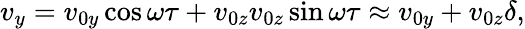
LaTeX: v_{y}=v_{0y}\cos{\omega\tau}+v_{0z}v_{0z}\sin{\omega\tau}\approx v_{0y}+v_{0z}\delta,